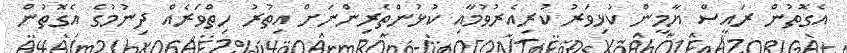
އެގޮތުން ރައީސް ޔާމީން ކުޅިވަރު ކުރިއެރުވުމާއި ކުޅުންތެރިންނަށް އިތުރު ހިތްވަރެއް ދިނުމުގެ އެގޮތުން